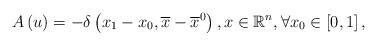
LaTeX: \begin{align*}A\left( u\right) =-\delta \left( x_{1}-x_{0},\overline{x}-\overline{x}^{0}\right) ,x\in \mathbb{R}^{n},\forall x_{0}\in \left[ 0,1\right] ,\end{align*}